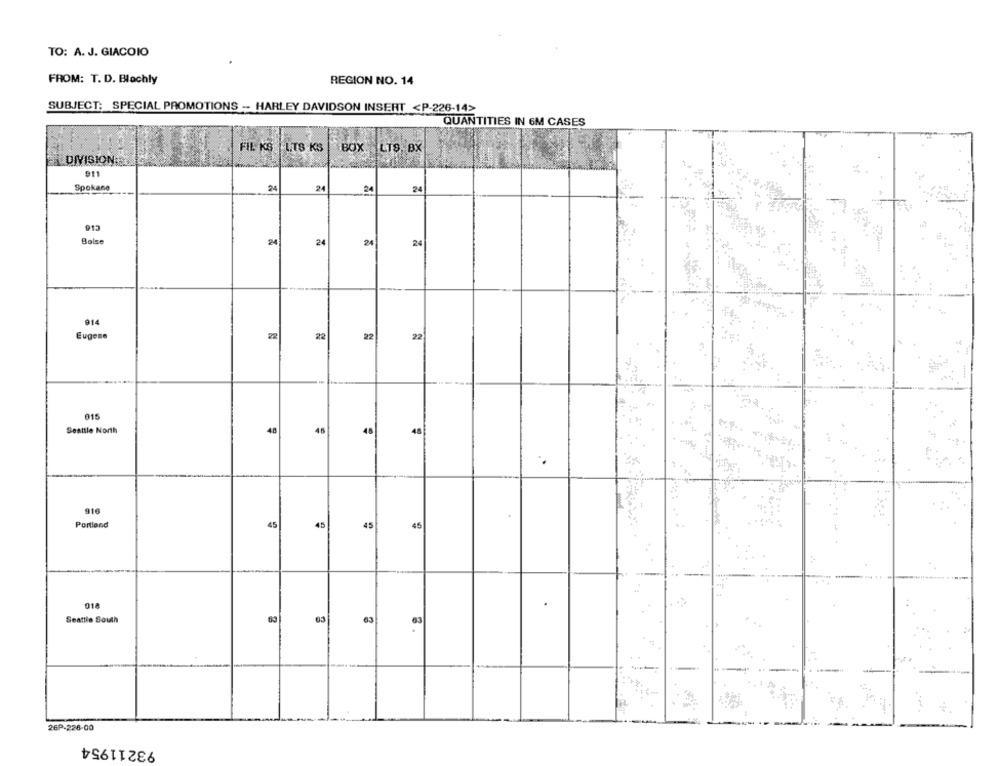
TO: A. J. GIACOIO
FROM: T. D. Blachly
REGION NO. 14
SUBJECT: SPECIAL PROMOTIONS -- HARLEY DAVIDSON INSERT <P-226-14>
QUANTITIES IN 6M CASES
FIL KS | LTS KS | BOX ILTS, BX
DIVISION;
911
Spokane
24
24
24
24
Bolse
24
24
24
24
914
Eugene
22
22
22
22
015
48
46
48
48
Seattle North
.
910
Portland
45
45
45
45
Seattle South
63
63
63
63
26P-228-00
93211954